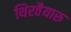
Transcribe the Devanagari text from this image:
थिरवैयारु